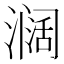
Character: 𱨸